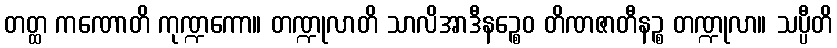
တတ္ထ ကဏောတိ ကုဏ္ဍကော။ တဏ္ဍုလာတိ သာလိအာဒီနဉ္စေဝ တိဏဇာတီနဉ္စ တဏ္ဍုလာ။ သပ္ပီတိ